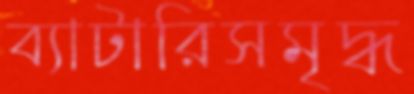
ব্যাটারিসমৃদ্ধ